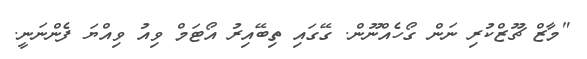
"މާޒް ޗޫޒްކުރި ނަން ގޯހެއްނޫން. ގޭގައި ތިބޭއިރު އޯޓަމް ވިއު ވިއްޔަ ފެންނަނީ.